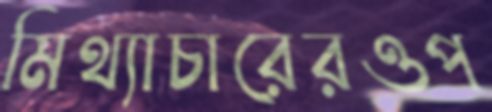
মিথ্যাচারেরওপ